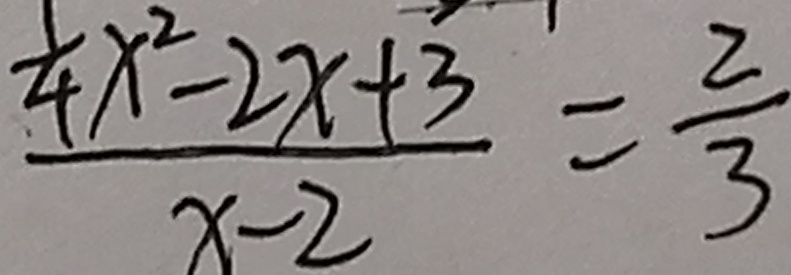
\frac { \frac { 1 } { 4 } x ^ { 2 } - 2 x + 3 } { x - 2 } = \frac { 2 } { 3 }